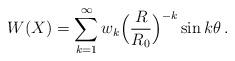
LaTeX: \begin{align*} W(X)= \sum_{k=1}^\infty w_k \Big(\frac R{R_0}\Big)^{-k} \sin k\theta \,.\end{align*}